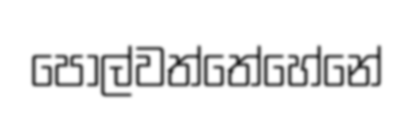
පොල්වත්තේහේනේ